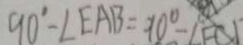
9 0 ^ { \circ } - \angle E A B = 1 0 ^ { \circ } - \angle F C D